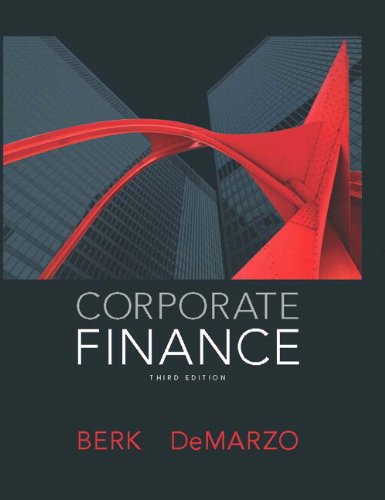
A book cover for Corporate Finance (3rd Edition) (Pearson Series in Finance); Jonathan Berk; Business & Money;